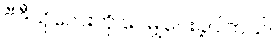
ဗီဒီယိုလေးကို ဝေမျှပေးခဲ့ပါတယ်။